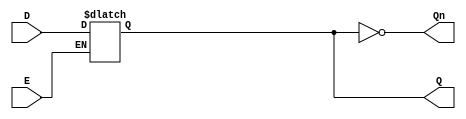
module GatedDLatch (
    input wire D,      // Data input
    input wire E,      // Enable input
    output reg Q,      // Output
    output wire Qn     // Complement of Q
);

// Invert the output Q to get Qn
assign Qn = ~Q;

// Always block to model the behavior of the gated latch
always @ (E or D) begin
    if (E) begin
        Q <= D;  // When E is high, Q takes the value of D
    end
    // When E is low, Q retains its last value (latching effect)
end

endmodule